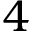
4